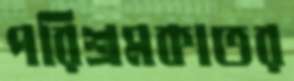
পরিশ্রমকাতর